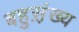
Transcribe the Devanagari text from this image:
बहुस़़ंख्य